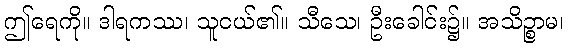
ဤရေကို။ ဒါရကဿ၊ သူငယ်၏။ သီသေ၊ ဦးခေါင်း၌။ အသိဉ္စာမ၊